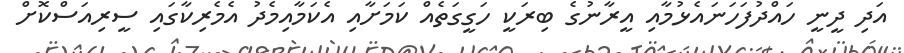
އަދި ދީނީ ހައްދުފަހަނައެޅުމާއި އީރާނުގެ ބިރަކީ ހަގީގަތެއް ކަމަށާއި އެކަމާއިމެދު އެމެރިކާގައި ސީރިއަސްކޮށް